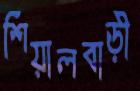
শিয়ালবাড়ী